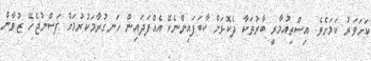
ކަށަވަރު ކަމަށެވެ. އިސްތިއުމާރީ ބާރުތަކާ ދެކޮޅަށް ކާބަފައިންނެކޭ އެއްފަދައިން ހަނގުރާމަކުރުމަށް ފަސްނުޖެހޭ ޒުވާން